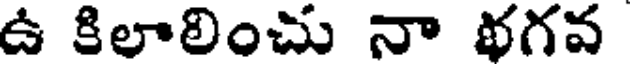
ఉ కిలాలించు నా థగవ